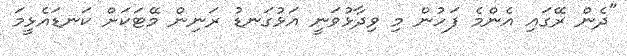
"ދެން ރޭގައި އެންމެ ފަހުން މި ވިދާޅުވަނީ އަޅުގަނޑު ރަނިން މޭޓަކަށް ކަނޑައެޅީމަ